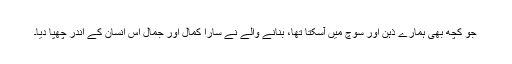
جو کچھ بھی ہمارے ذہن اور سوچ میں آسکتا تھا، بنانے والے نے سارا کمال اور جمال اُس انسان کے اندر چھپا دیا۔